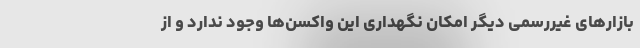
بازارهای غیررسمی دیگر امکان نگهداری این واکسن‌ها وجود ندارد و از